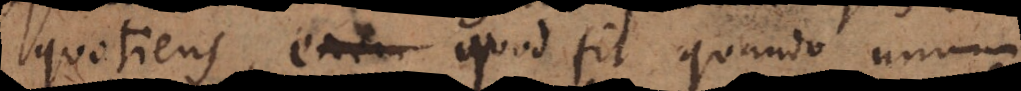
quotiens, quod fit quando unum